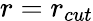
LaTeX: r=r_{cut}